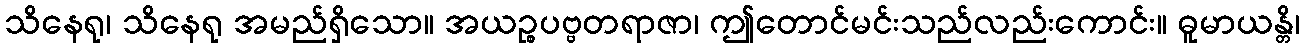
သိနေရု၊ သိနေရု အမည်ရှိသော။ အယဉ္စပဗ္ဗတရာဇာ၊ ဤတောင်မင်းသည်လည်းကောင်း။ ဓူမာယန္တိ၊